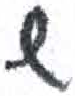
אות: ש